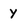
Character: y